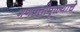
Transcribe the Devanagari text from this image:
गणपतीपुळ्याचे